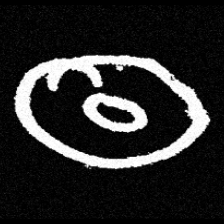
Pyu character \u2014 Myanmar letter: ထ (romanized: tha)